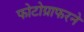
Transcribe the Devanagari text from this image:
फोटोग्राफरने